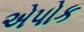
એપોક